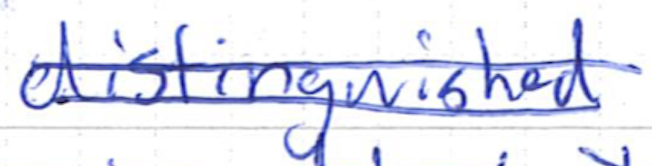
Text: distinguished
Cross-out: double-line
Writing tool: ballpoint